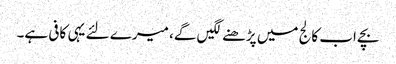
بچے اب کالج میں پڑھنے لگیں گے، میرے لئے یہی کافی ہے۔